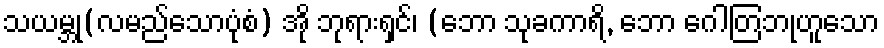
သယမ္ဘု(လမည်သောပုံစံ) အို ဘုရားရှင်၊ (ဘော သုခကာရိ, ဘော ဂေါတြဘုဟူသော